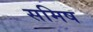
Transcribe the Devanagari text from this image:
समिष